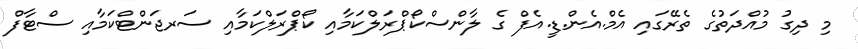
މި ދިގު މުއްދަތުގެ ތެރޭގައި އެމް.އެން.ޑީ.އެފް ގެ ލާންސްކޯޕްރަލްކަމާއި ކޯޕްރަލްކަމާއި ސަރޖަންޓްކަމާއި ސްޓާފް